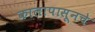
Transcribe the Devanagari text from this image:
कालापासूनचे